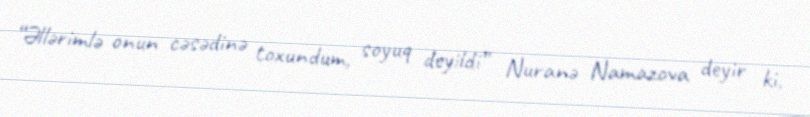
“Əllərimlə onun cəsədinə toxundum, soyuq deyildi” Nuranə Namazova deyir ki,